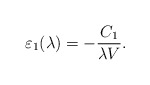
\begin{align*}\varepsilon_1(\lambda)= -\frac{C_{1}}{\lambda V}.\end{align*}